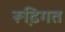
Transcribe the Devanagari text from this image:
रूढि़गत